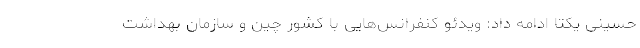
حسینی یکتا ادامه داد: ویدئو کنفرانس‌هایی با کشور چین و سازمان بهداشت